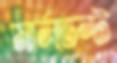
মার্লডন্ট